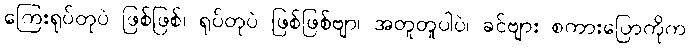
ကြေးရုပ်တုပဲ ဖြစ်ဖြစ်၊ ရုပ်တုပဲ ဖြစ်ဖြစ်ဗျာ၊ အတူတူပါပဲ၊ ခင်ဗျား စကားပြောကိုက